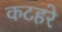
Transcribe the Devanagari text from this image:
कटहरे